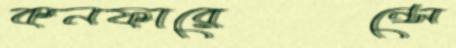
কনফারেন্সে